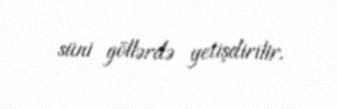
süni göllərdə yetişdirilir.